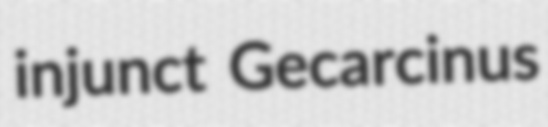
injunct Gecarcinus